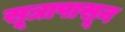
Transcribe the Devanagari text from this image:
सूत्रापासून